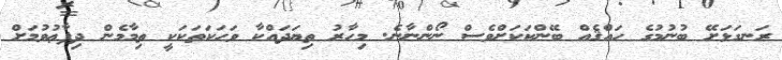
ރަނގަޅަށޭ ބުނުމުގެ ހައްޤެއް ބޭންކަކަށްވެސް ނޯންނާނެ. މިހާރު ތިޔަދައްކާ ވަހަކަތަކަކީ ތިމާމެން ދިފާޢުވުމަށް